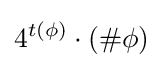
4^{t(\phi )}\cdot (\#\phi )